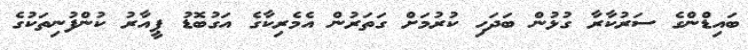
ބައިޑްންގެ ސަރުކާރާ ގުޅުން ބަދަހި ކުރުމަށް ގަތަރުން އެމެރިކާގެ އަގުބޮޑު ޕީއާރު ކުންފުނިތަކުގެ